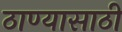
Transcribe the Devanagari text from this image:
ठाण्यासाठी